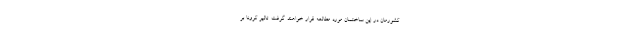
کشورمان در این ساختمان مورد مطالعه قرار خواهند گرفت. تاثیر کرونا بر